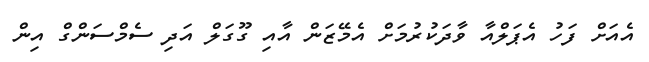
އެއަށް ފަހު އެޕަލްއާ ވާދަކުރުމަށް އެމޭޒަން އާއި ގޫގަލް އަދި ސެމްސަންގް އިން